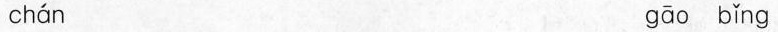
chán gāo bǐng